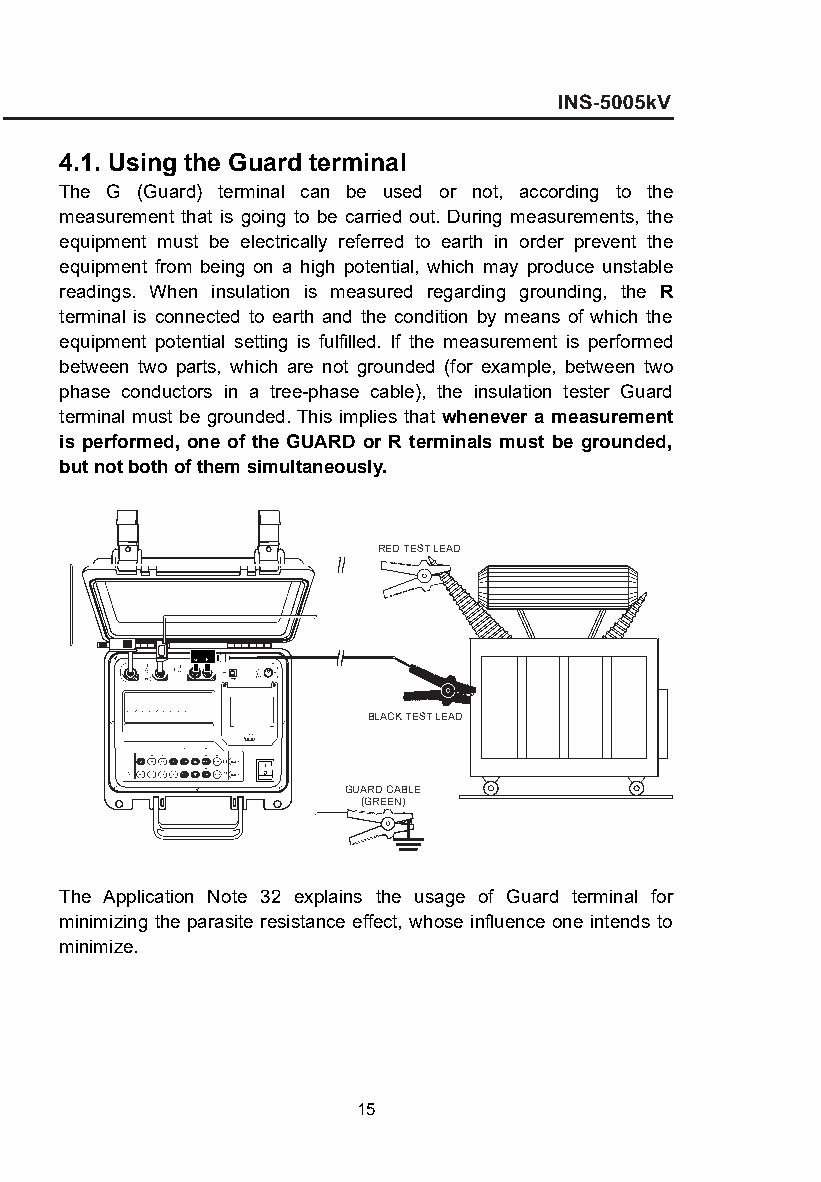
4.1. Using the Guard terminal
 The G (Guard) terminal can be used or not, according to the
 measurement that is going to be carried out. During measurements, the
 equipment must be electrically referred to earth in order prevent the
 equipment from being on a high potential, which may produce unstable
 readings. When insulation is measured regarding grounding, the R
 terminal is connected to earth and the condition by means of which the
 equipment potential setting is fulfilled. If the measurement is performed
 between two parts, which are not grounded (for example, between two
 phase conductors in a tree-phase cable), the insulation tester Guard
 terminal must be grounded. This implies that whenever a measurement
 is performed, one of the GUARD or R terminals must be grounded,
 but not both of them simultaneously.
 RED TEST LEAD
 BLACK TEST LEAD
 GUARD CABLE
 (GREEN)
 The Application Note 32 explains the usage of Guard terminal for
 minimizing the parasite resistance effect, whose influence one intends to
 minimize.
 15